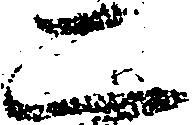
二